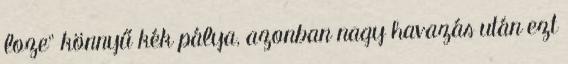
loze" könnyű kék pálya, azonban nagy havazás után ezt